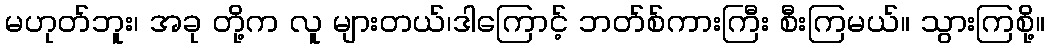
မဟုတ်ဘူး၊ အခု တို့က လူ များတယ်၊ဒါကြောင့် ဘတ်စ်ကားကြီး စီးကြမယ်။ သွားကြစို့။